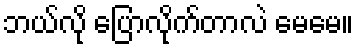
ဘယ်လို ပြောလိုက်တာလဲ မေမေ။